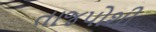
તાજપોશી